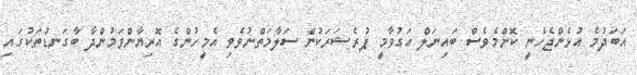
އަބަދުމެ އުޅެންޖެހެނީ ކޮންމެވެސް ބައިނަލް އަގުވާމީ ޕުރެޝަރަކުން ސަލާމަތްނުވެވި އެމީހުންގެ އޮރިޔާންވަމުންދާ ބާގަނޑުތަކުގައި